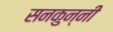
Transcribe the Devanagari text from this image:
सनकुन्नी